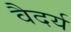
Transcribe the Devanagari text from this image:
वैदर्य